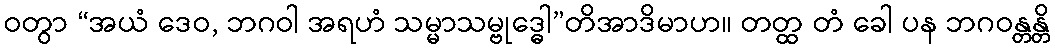
ဝတွာ “အယံ ဒေဝ, ဘဂဝါ အရဟံ သမ္မာသမ္ဗုဒ္ဓေါ”တိအာဒိမာဟ။ တတ္ထ တံ ခေါ ပန ဘဂဝန္တန္တိ